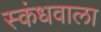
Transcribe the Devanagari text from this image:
स्कंधवाला